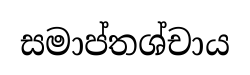
සමාප්තශ්චාය